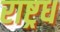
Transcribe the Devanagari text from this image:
राष्ट्रध